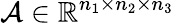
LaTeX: \mathcal{A}\in\mathbb{R}^{n_{1}\times n_{2}\times n_{3}}